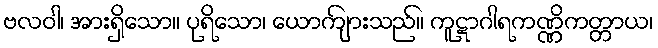
ဗလဝါ၊ အားရှိသော။ ပုရိသော၊ ယောကျ်ားသည်။ ကူဋာဂါရကဏ္ဏိကတ္တာယ၊